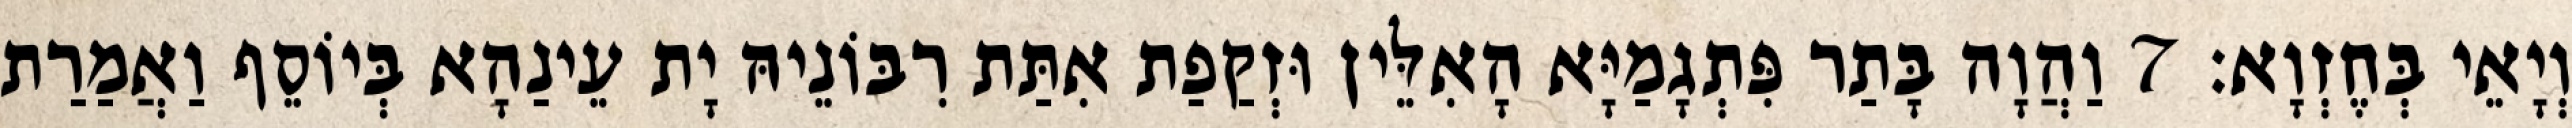
וְיָאֵי בְּחֶזְוָא׃ 7 וַהֲוָה בָּתַר פִּתְגָמַיָּא הָאִלֵּין וּזְקַפַת אִתַּת רִבּוֹנֵיהּ יָת עֵינַהָא בְּיוֹסֵף וַאֲמַרַת